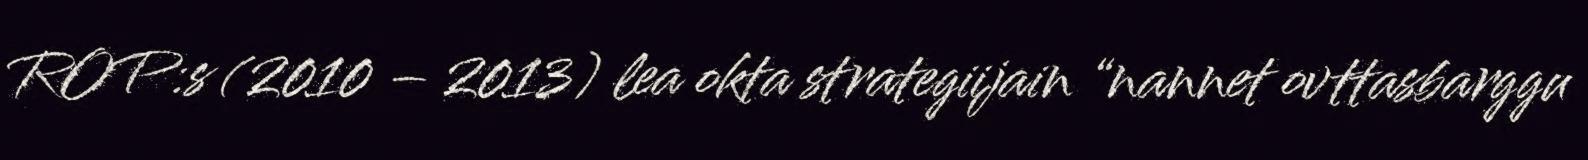
ROP:s (2010 – 2013) lea okta strategiijain “nannet ovttasbarggu